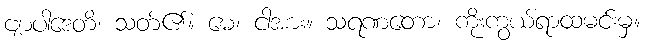
ဗျာပါဒေတိ၊ သတ်၏။ မေ၊ ငါအား။ သရဏတော၊ ကိုးကွယ်ရာထမင်းမှ။